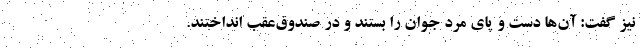
نیز گفت: آن‌ها دست و پای مرد جوان را بستند و در صندوق‌عقب انداختند.